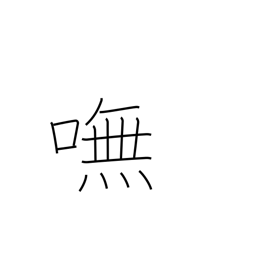
Meaning: indeed